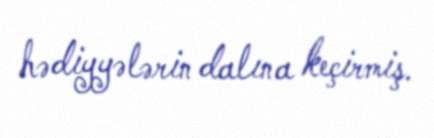
hədiyyələrin dalına keçirmiş.